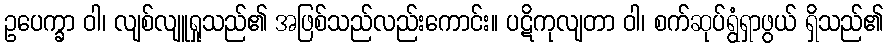
ဥပေက္ခာ ဝါ၊ လျစ်လျူရှုသည်၏ အဖြစ်သည်လည်းကောင်း။ ပဋိကုလျတာ ဝါ၊ စက်ဆုပ်ရွံရှာဖွယ် ရှိသည်၏